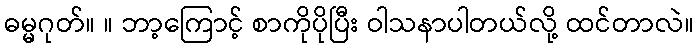
ဓမ္မဂုတ်။ ။ ဘာ့ကြောင့် စာကိုပိုပြီး ဝါသနာပါတယ်လို့ ထင်တာလဲ။